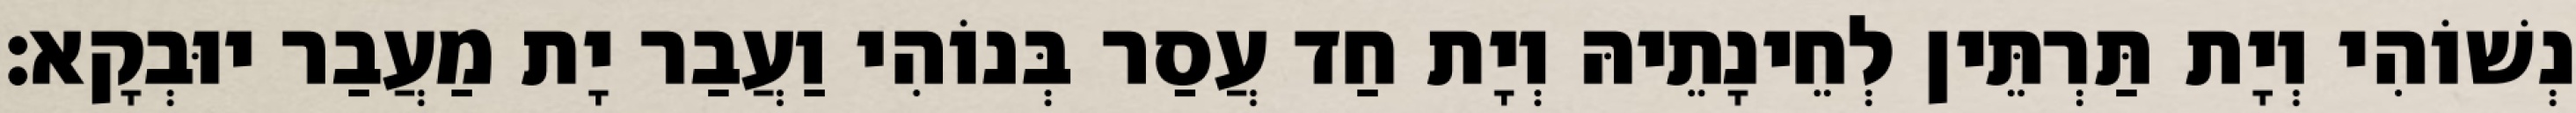
נְשׁוֹהִי וְיָת תַּרְתֵּין לְחֵינָתֵיהּ וְיָת חַד עֲסַר בְּנוֹהִי וַעֲבַר יָת מַעֲבַר יוּבְקָא׃